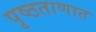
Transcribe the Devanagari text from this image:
पृष्ठताणात